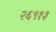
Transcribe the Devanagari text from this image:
२६९१३